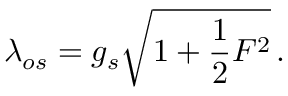
\lambda _ { o s } = g _ { s } \sqrt { { 1 + { \frac { 1 } { 2 } } { \cal F } ^ { 2 } } } \, .